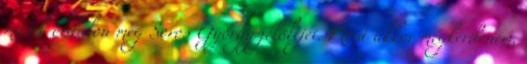
másik oldalon meg Soros György jelöltjei. Most akkor megkérdeném,